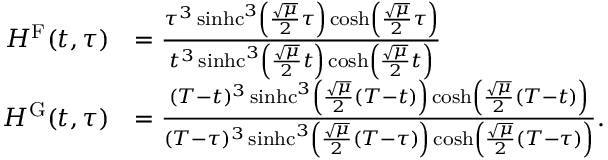
\begin{array} { r l } { H ^ { \mathrm { F } } ( t , \tau ) } & { = \frac { \tau ^ { 3 } \operatorname { s i n h c } ^ { 3 } \left( \frac { \sqrt { \mu } } { 2 } \tau \right) \cosh \left( \frac { \sqrt { \mu } } { 2 } \tau \right) } { t ^ { 3 } \operatorname { s i n h c } ^ { 3 } \left( \frac { \sqrt { \mu } } { 2 } t \right) \cosh \left( \frac { \sqrt { \mu } } { 2 } t \right) } } \\ { H ^ { \mathrm { G } } ( t , \tau ) } & { = \frac { ( T - t ) ^ { 3 } \operatorname { s i n h c } ^ { 3 } \left( \frac { \sqrt { \mu } } { 2 } ( T - t ) \right) \cosh \left( \frac { \sqrt { \mu } } { 2 } ( T - t ) \right) } { ( T - \tau ) ^ { 3 } \operatorname { s i n h c } ^ { 3 } \left( \frac { \sqrt { \mu } } { 2 } ( T - \tau ) \right) \cosh \left( \frac { \sqrt { \mu } } { 2 } ( T - \tau ) \right) } . } \end{array}